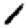
Digit: 1